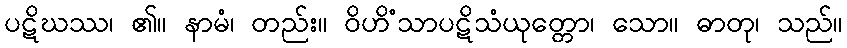
ပဋိဃဿ၊ ၏။ နာမံ၊ တည်း။ ဝိဟိံသာပဋိသံယုတ္တော၊ သော။ ဓာတု၊ သည်။